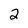
Character: 2